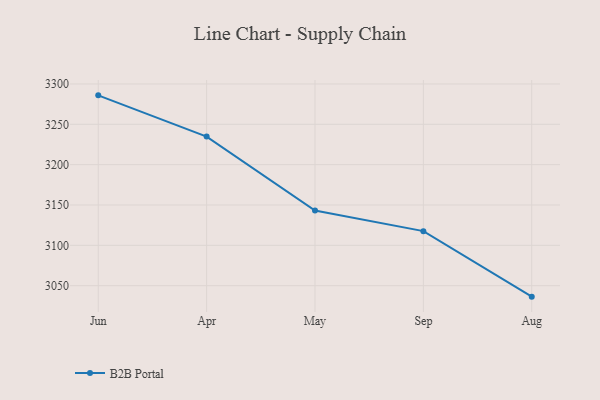
{"axis": {"x": "Month", "y": "Demand Index"}, "legend": ["B2B Portal"], "data": [{"x": "Jun", "y": 3285.9, "type": "B2B Portal"}, {"x": "Apr", "y": 3234.8, "type": "B2B Portal"}, {"x": "May", "y": 3143.1, "type": "B2B Portal"}, {"x": "Sep", "y": 3117.6, "type": "B2B Portal"}, {"x": "Aug", "y": 3036.4, "type": "B2B Portal"}]}